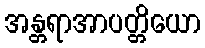
အန္တရာအာပတ္တိယော